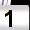
Digit: 1